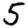
Digit: 5